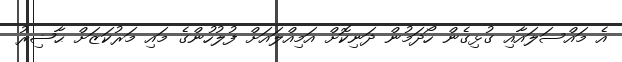
އެ މައްސަލައާއި ގުޅިގެން ހޯދަމުން ދަނިކޮށް އަމިއްލައަށް ފުލުހުންގެ މައި މަރުކަޒަށް ޙާޟިރު